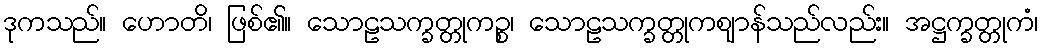
ဒုကသည်။ ဟောတိ၊ ဖြစ်၏။ သောဠသက္ခတ္တုကဉ္စ၊ သောဠသက္ခတ္တုကဈာန်သည်လည်း။ အဋ္ဌက္ခတ္တုကံ၊